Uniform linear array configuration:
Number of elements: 48
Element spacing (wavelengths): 0.25
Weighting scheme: uniform
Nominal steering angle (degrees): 30
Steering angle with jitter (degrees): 28.846
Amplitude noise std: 0.05
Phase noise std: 0.05

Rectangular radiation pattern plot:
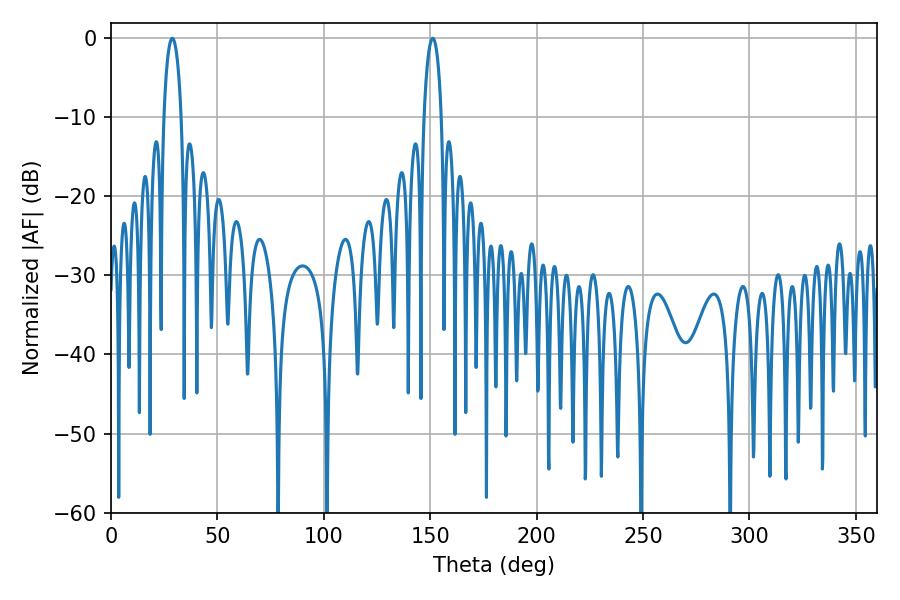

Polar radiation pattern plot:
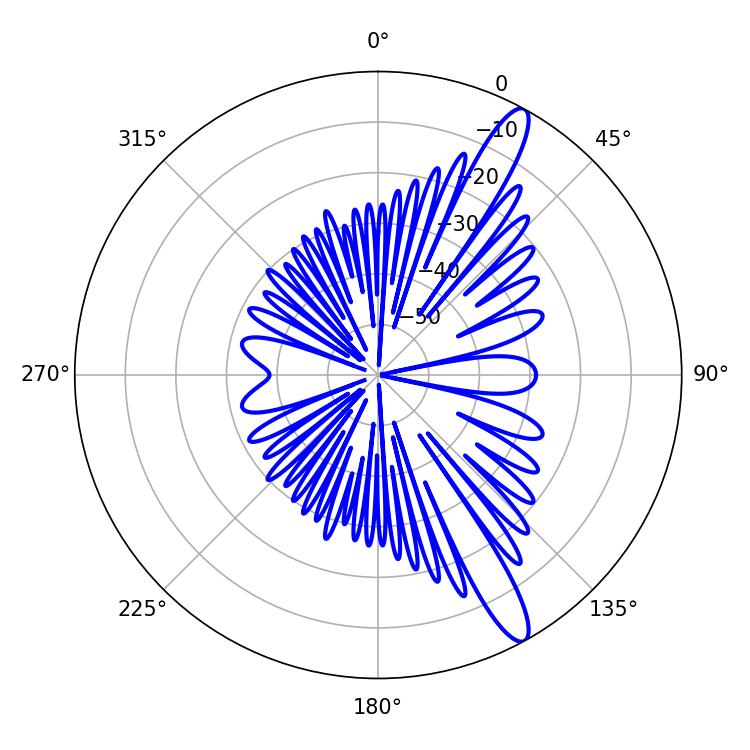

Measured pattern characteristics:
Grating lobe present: FALSE
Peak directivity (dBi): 13.41
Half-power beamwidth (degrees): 4.68
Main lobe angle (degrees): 28.8